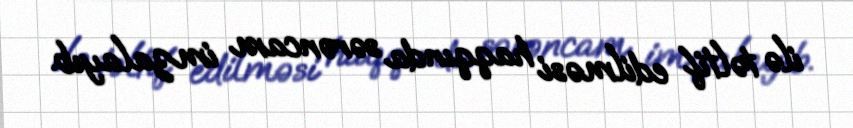
ilə təltif edilməsi haqqında sərəncam imzalayıb.